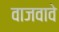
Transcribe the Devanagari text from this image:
वाजवावे